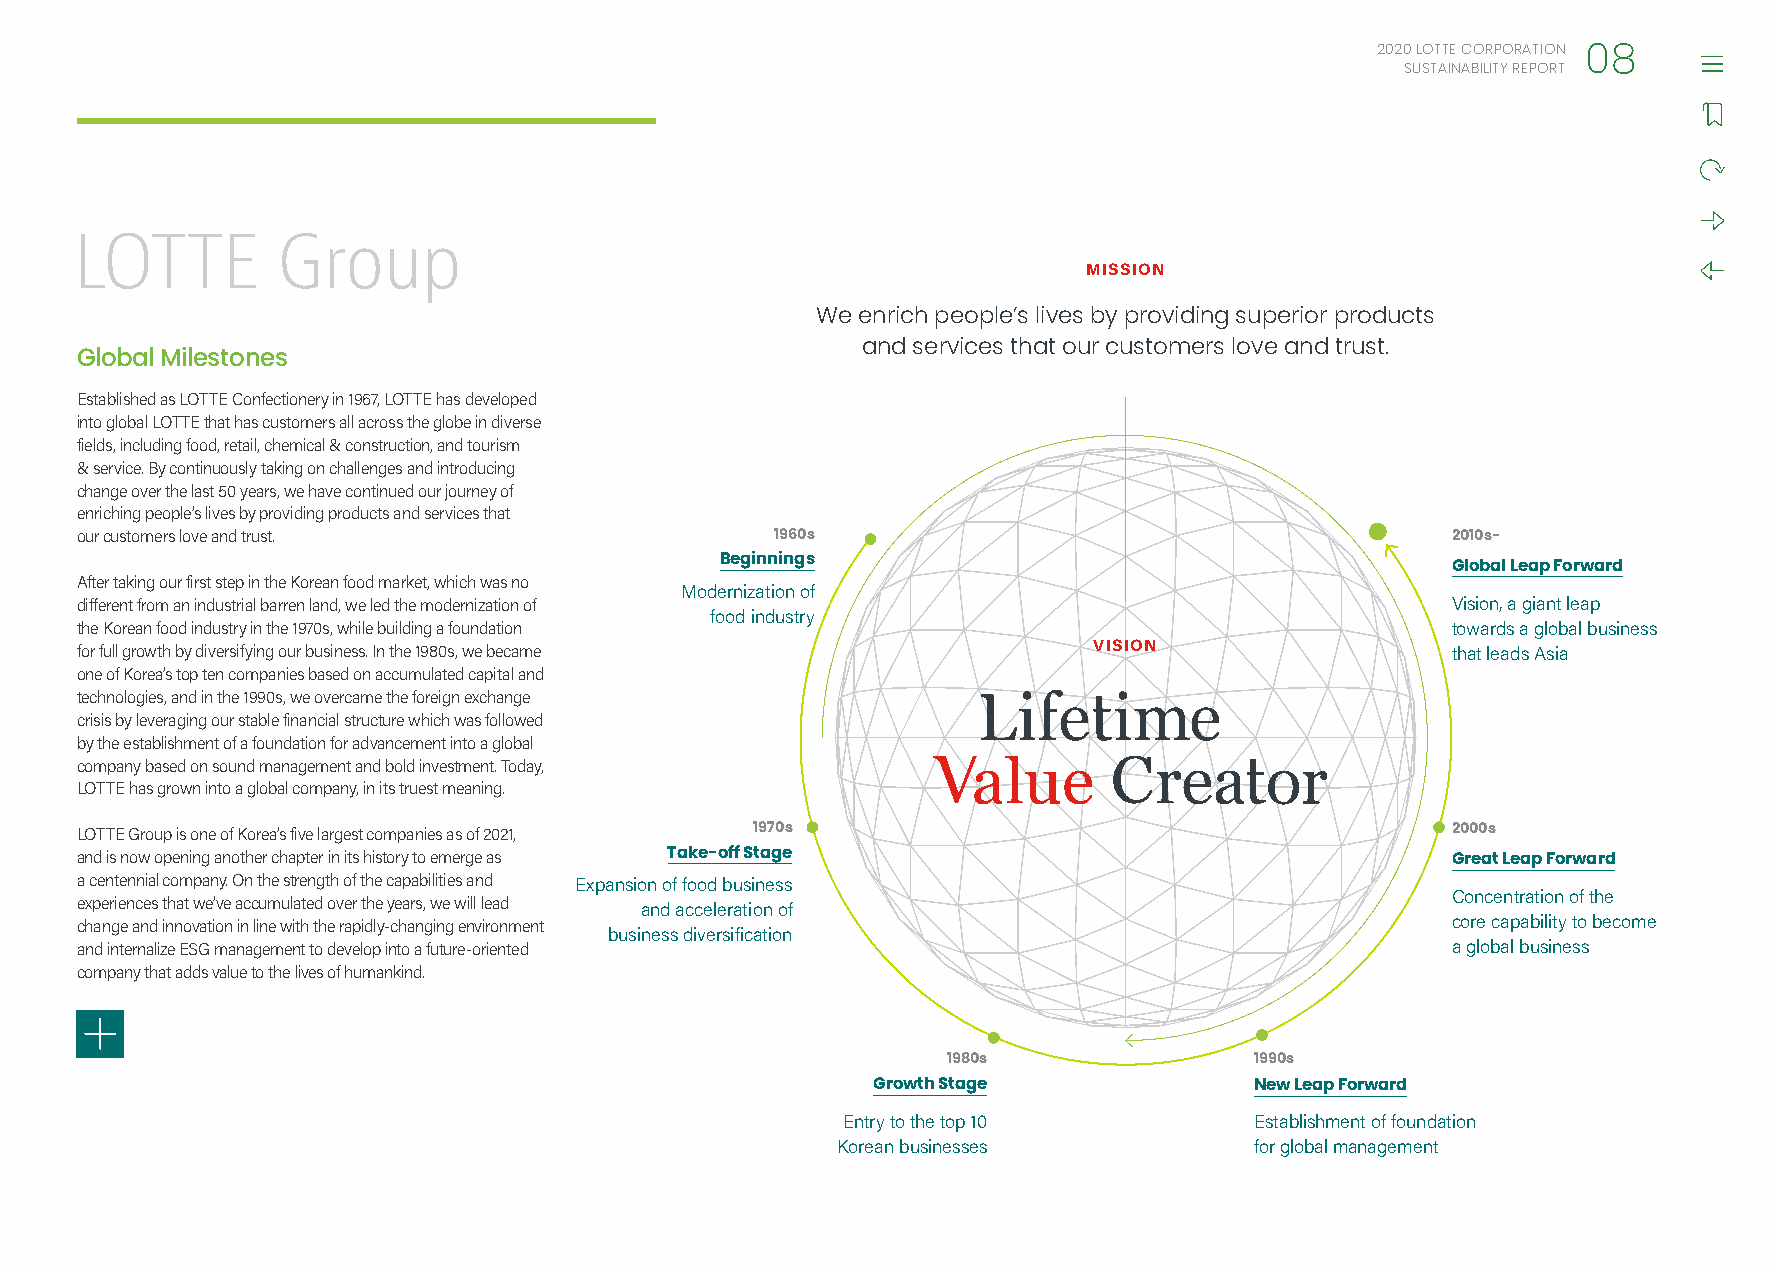
2020 LOTTE CORPORATION
 08
 SUSTAINABILITY REPORT
 LOTTE        Group
 MISSION
 We enrich people’s lives by providing superior products
 and services that our customers love and trust.
 Global Milestones
 Established as LOTTE Confectionery in 1967, LOTTE has developed
 into global LOTTE that has customers all across the globe in diverse
 fields, including food, retail, chemical & construction, and tourism
 & service. By continuously taking on challenges and introducing
 change over the last 50 years, we have continued our journey of
 enriching people’s lives by providing products and services that
 our customers love and trust.                 1960s                                        2010s-
 Beginnings                                      Global Leap Forward
 After taking our first step in the Korean food market, which was no
 Modernization of
 different from an industrial barren land, we led the modernization of                      Vision, a giant leap
 food industry
 the Korean food industry in the 1970s, while building a foundation                         towards a global business
 for full growth by diversifying our business. In the 1980s, we became VISION               that leads Asia
 one of Korea’s top ten companies based on accumulated capital and
 technologies, and in the 1990s, we overcame the foreign exchange
 crisis by leveraging our stable financial structure which was followed
 by the establishment of a foundation for advancement into a global
 company based on sound management and bold investment. Today,
 LOTTE has grown into a global company, in its truest meaning.
 LOTTE Group is one of Korea’s five largest companies as of 2021, 1970s                     2000s
 and is now opening another chapter in its history to emerge as Take-off Stage              Great Leap Forward
 a centennial company. On the strength of the capabilities and Expansion of food business
 Concentration of the
 experiences that we’ve accumulated over the years, we will lead and acceleration of
 change and innovation in line with the rapidly-changing environment                        core capability to become
 business diversification
 and internalize ESG management to develop into a future-oriented                           a global business
 company that adds value to the lives of humankind.
 1980s               1990s
 Growth Stage             New Leap Forward
 Entry to the top 10        Establishment of foundation
 Korean businesses           for global management